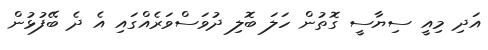
އަދި މިއީ ސިޔާސީ ގޮތުން ހަލަ ބޮލި ދުވަސްވަރެއްގައި އެ ދެ ބޭފުޅުން